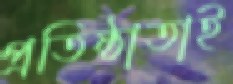
প্রতিষ্ঠাতাই